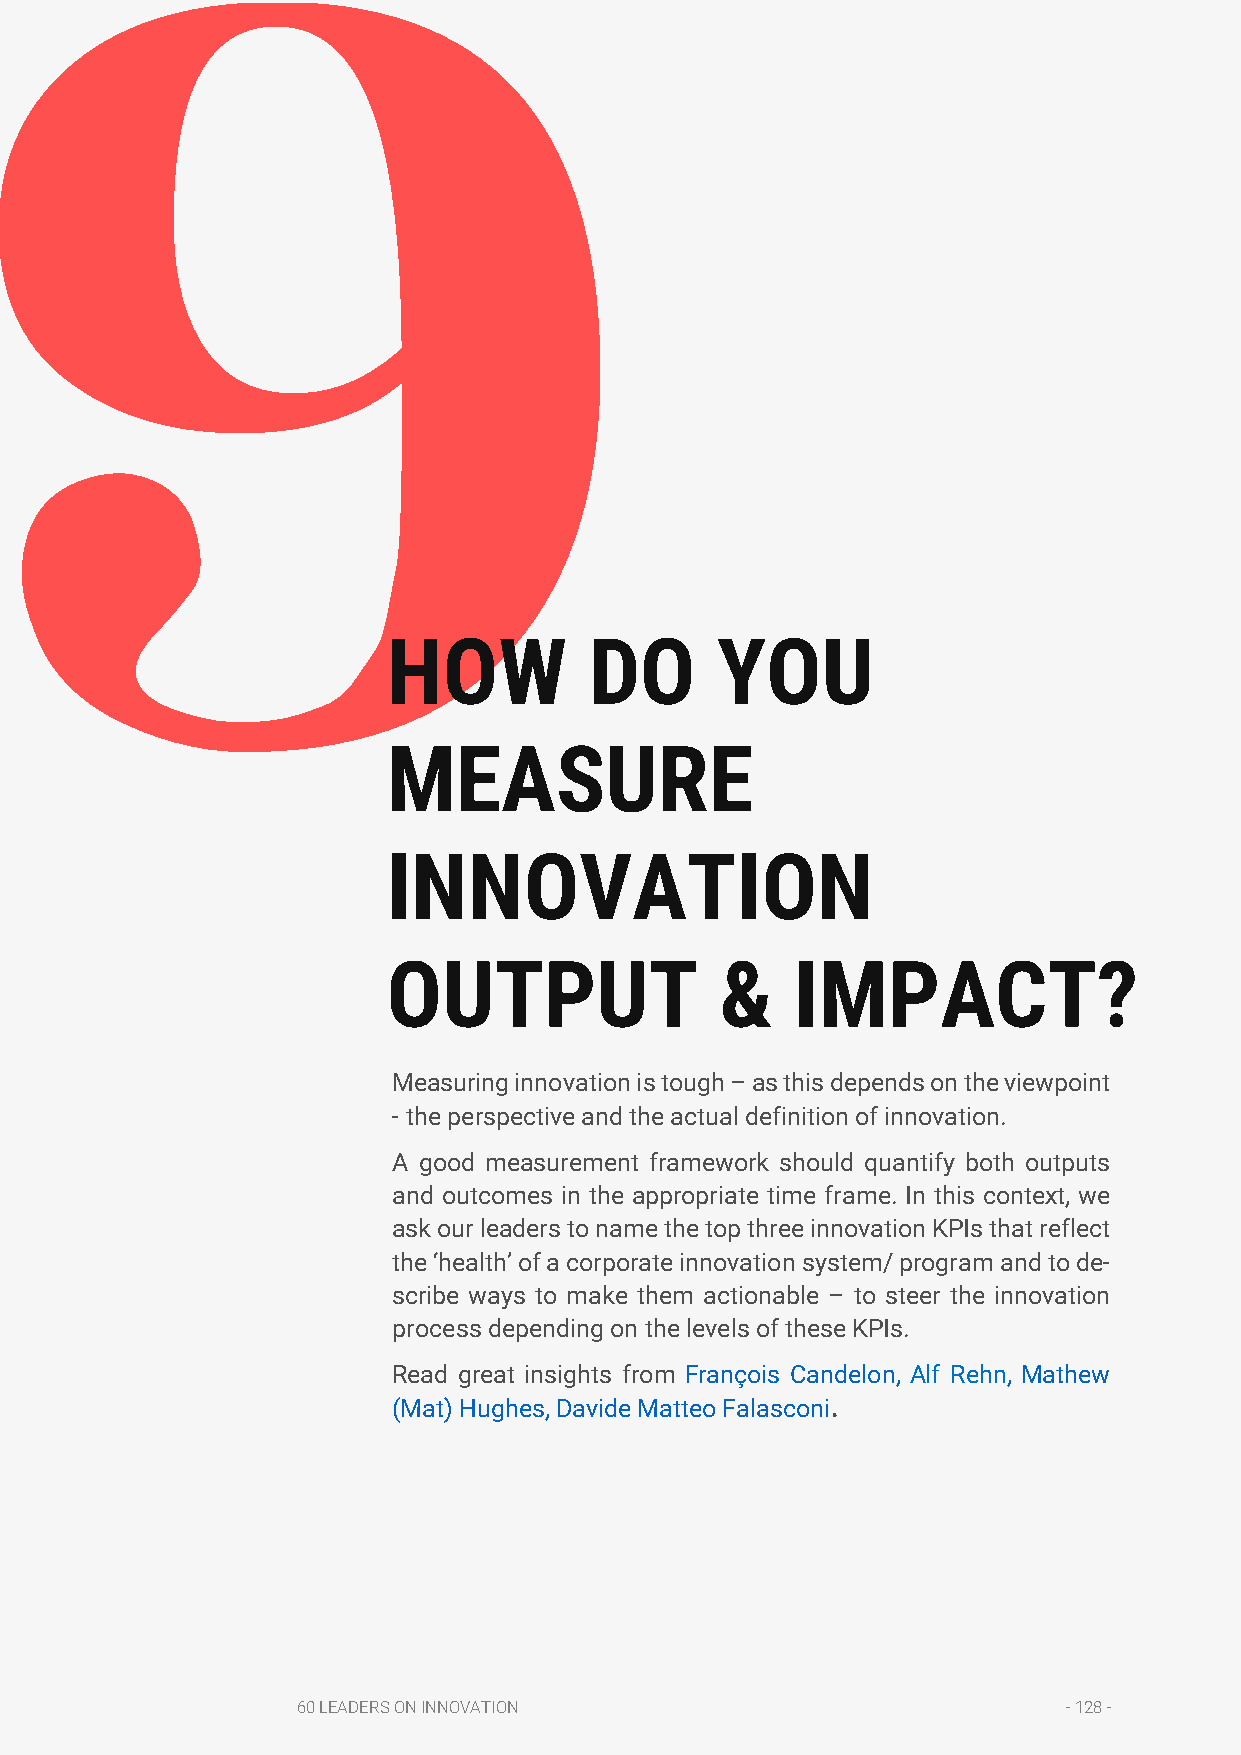
9
 HOW          DO      YOU
 MEASURE
 INNOVATION
 OUTPUT                &    IMPACT?
 Measuring innovation is tough – as this depends on the viewpoint
 - the perspective and the actual definition of innovation.
 A good measurement framework should quantify both outputs
 and outcomes in the appropriate time frame. In this context, we
 ask our leaders to name the top three innovation KPIs that reflect
 the ‘health’ of a corporate innovation system/ program and to de-
 scribe ways to make them actionable – to steer the innovation
 process depending on the levels of these KPIs.
 Read great insights from François Candelon, Alf Rehn, Mathew
 (Mat) Hughes, Davide Matteo Falasconi.
 60 LEADERS ON INNOVATION                           - 128 -